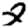
Digit: 2